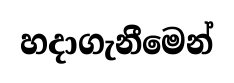
හදාගැනීමෙන්